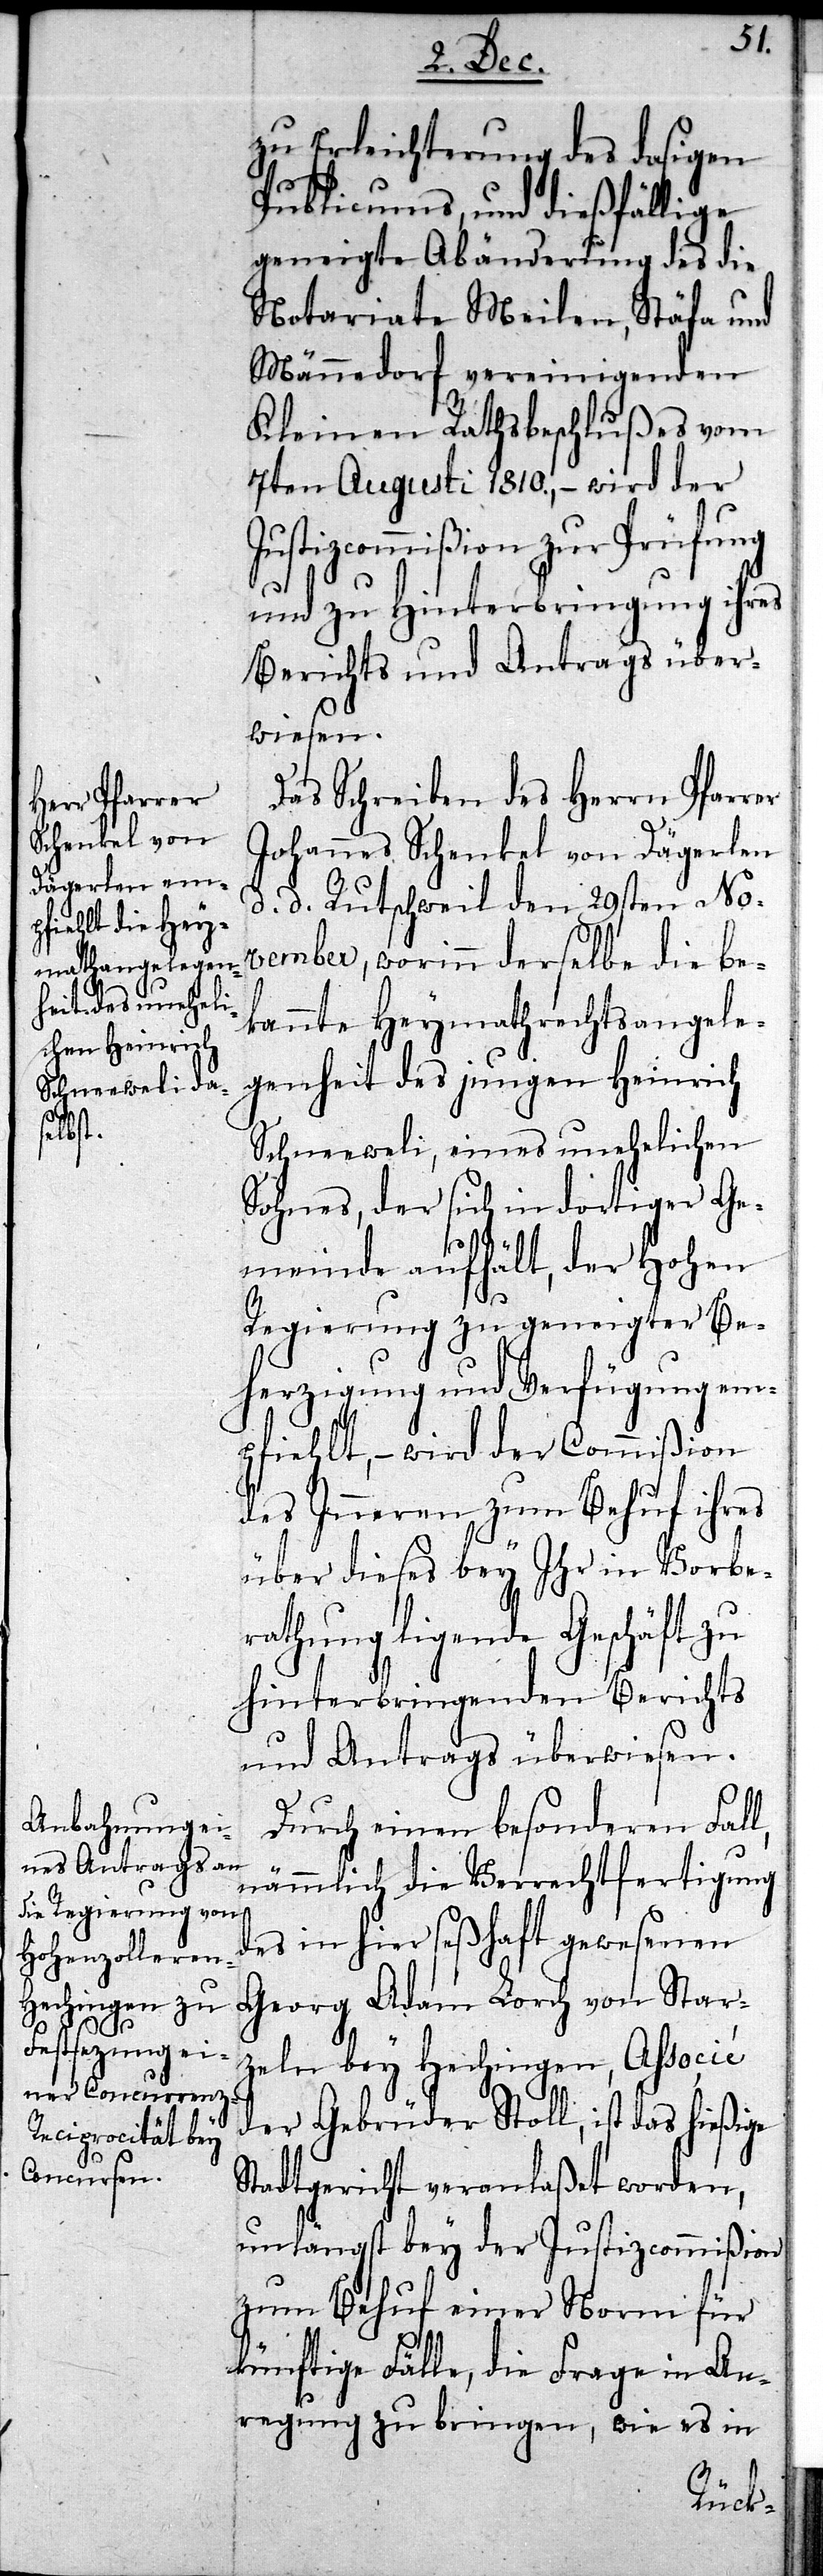
zu Erleichterung des dasigen
Publicums, und dießfällige
geneigte Abänderung des die
Notariate Meilen, Stäfa und
Männedorf vereinigenden
Kleinen Rathsbeschlußes vom
7ten Augusti 1810., – wird der
Justizcommißion zur Prüfung
und zu Hinterbringung ihres
Berichts und Antrags über¬
wiesen.
Das Schreiben des Herrn Pfarrer
Johannes Schenkel von Dägerlen
d. Rutschweil den 29sten No¬
vember, worinn derselbe die be¬
kannte Heymathangele¬
genheit des jungen Heinrich
Schneeweli, eines unehelichen
Sohnes, der sich in dortiger Ge¬
meinde aufhält, der Hohen
Regierung zu geneigter Be¬
herzigung und Verfügung em¬
pfiehlt, – wird der Commißion
des Inneren zum Behuf ihres
über dieses bey Ihr in Vorbe¬
rathung ligende Geschäft zu
hinterbringenden Berichts
und Antrags überwiesen.
Durch einen besonderen Fall,
nämmlich die Verrechtfertigung
des in hier seßhaft gewesenen
Georg Adam Lorch von Star¬
zeln bey Hechingen, Associé
der Gebrüder Stoll, ist das hießige
Stadtgericht veranlaßet worden,
unlängst bey der Justizcommißion
zum Behuf einer Norm für
künftige Fälle, die Frage in An¬
regung zu bringen, wie es in